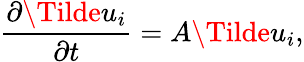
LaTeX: \frac{\partial\Tilde{u}_{i}}{\partial t}=A\Tilde{u}_{i},